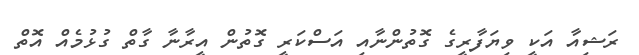
ރަޝިއާ އަކީ ވިޔަފާރީގެ ގޮތުންނާއި އަސްކަރީ ގޮތުން އީރާނާ ގާތް ގުޅުމެއް އޮތް